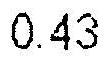
0.43